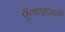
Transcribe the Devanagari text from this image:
फ़्रेंचाइज़रों